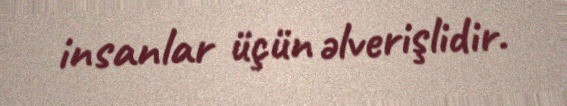
insanlar üçün əlverişlidir.